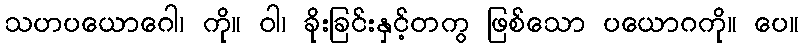
သဟပယောဂေါ၊ ကို။ ဝါ၊ ခိုးခြင်းနှင့်တကွ ဖြစ်သော ပယောဂကို။ ပေ။